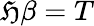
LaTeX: \mathfrak{H}\beta=T